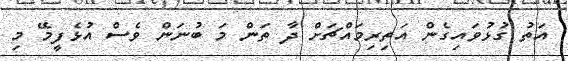
އަތު ގުޅުވައިގެން އަތިރިމައްޗަށް ދާ ތަން މަ ބުނަން ވެސް އުޅެފީމޭ މި